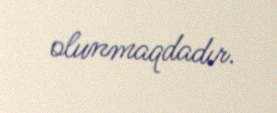
olunmaqdadır.